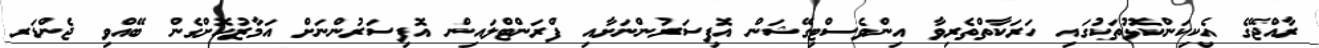
ރާއްޖޭގެ އެކިކަންކޮޅުތަކުގައި ހަރަކާތްތެރިވާ އިންވެސްޓިގޭޝަން އޮފިސަރުންނަށާއި ފްރަންޓްލައިން އޮފިސަރުންނަށް އަމާޒުކޮށްގެން ބޭއްވި ޖެންޑަރ